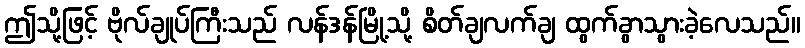
ဤသို့ဖြင့် ဗိုလ်ချုပ်ကြီးသည် လန်ဒန်မြို့သို့ စိတ်ချလက်ချ ထွက်ခွာသွားခဲ့လေသည်။